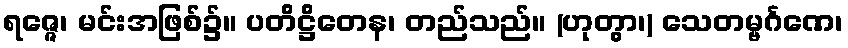
ရဇ္ဇေ၊ မင်းအဖြစ်၌။ ပတိဋ္ဌိတေန၊ တည်သည်။ (ဟုတွာ၊) သေတမ္ဗင်္ဂဏေ၊